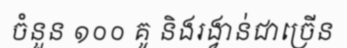
ចំនួន ១០០ គូ និងរង្វាន់ជាច្រើន